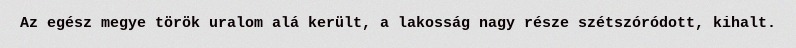
Az egész megye török uralom alá került, a lakosság nagy része szétszóródott, kihalt.